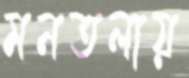
মনতলায়